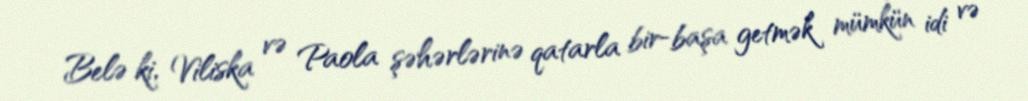
Belə ki, Viliska və Paola şəhərlərinə qatarla bir-başa getmək mümkün idi və